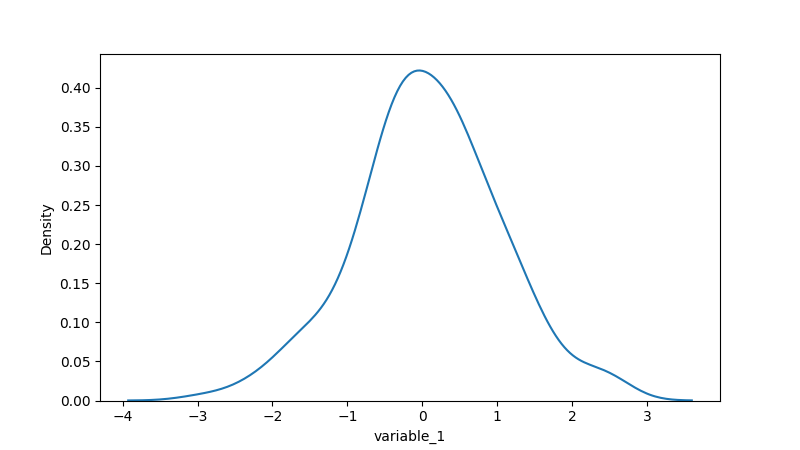
python, seaborn, kdeplot, hue='None', fill=False, bw_adjust=1.0